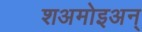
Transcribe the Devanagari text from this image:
शअमोइअन्